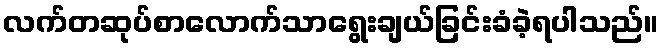
လက်တဆုပ်စာလောက်သာရွေးချယ်ခြင်းခံခဲ့ရပါသည်။